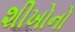
શીખોનો